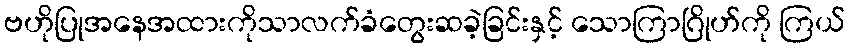
ဗဟိုပြုအနေအထားကိုသာလက်ခံတွေးဆခဲ့ခြင်းနှင့် သောကြာဂြိုဟ်ကို ကြယ်